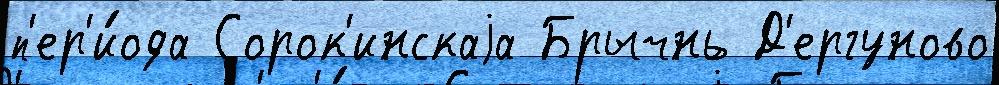
п'ер'и́ода Сорок'инскаjа Брычнь Д'ергуново